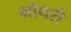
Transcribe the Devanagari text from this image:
भोथरी